Annual administration report of the Civil Veterinary Department of India - 1897-1898
Year: 1897
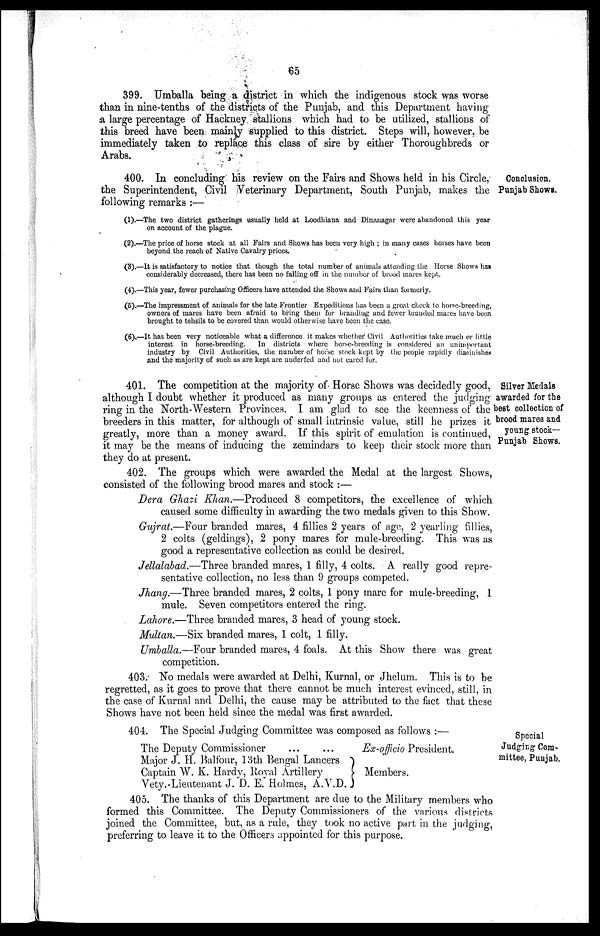
65
399. Umballa being a district in which the indigenous stock was worse
than in nine-tenths of the districts of the Punjab, and this Department having
a large percentage of Hackney stallions which had to be utilized, stallions of
this breed have been mainly supplied to this district. Steps will, however, be
immediately taken to replace this class of sire by either Thoroughbreds or
Arabs.
Conclusion.
Punjab Shows.
400. In concluding his review on the Fairs and Shows held in his Circle,
the Superintendent, Civil Veterinary Department, South Punjab, makes the
following remarks:—
(1).—The two district gatherings usually held at Loodhiana and Dinanagar were abandoned this year
on account of the plague.
(2).—The price of horse stock at all Fairs and Shows has been very high; in many cases horses have been
beyond the reach of Native Cavalry prices.
(3).—It is satisfactory to notice that though the total number of animals attending the Horse Shows has
considerably decreased, there has been no falling off in the number of brood mares kept.
(4).—This year, fewer purchasing Officers have attended the Shows and Fairs than for merly.
(5).—The impressment of animals for the late Frontier Expeditions has been a great check to horse-breeding,
owners of mares have been afraid to bring them for branding and fewer branded mares have been
brought to tehsils to be covered than would otherwise have been the case.
(6).—It has been very noticeable what a difference it makes whether Civil Authorities take much or little
interest in horse-breeding.
In districts where horse-breeding is considered an unimportant
industry by Civil Authorities, the number of horse stock kept by the people rapidly diminishes
and the majority of such as are kept are underfed and not cared for.
Silver Medals
awarded for the
best collection of
brood mares and
young stock-
Punjab Shows.
401. The competition at the majority of Horse Shows was decidedly good,
although I doubt whether it produced as many groups as entered the judging
ring in the North-Western Provinces. I am glad to see the keenness of the
breeders in this matter, for although of small intrinsic value, still he prizes it
greatly, more than a money award. If this spirit of emulation is continued,
it may be the means of inducing the zemindars to keep their stock more than
they do at present.
402. The groups which were awarded the Medal at the largest Shows,
consisted of the following brood mares and stock:—
Dera Ghazi Khan.—Produced 8 competitors, the excellence of which
caused some difficulty in awarding the two medals given to this Show.
Gujrat.—Four branded mares, 4 fillies 2 years of age, 2 yearling fillies,
2 colts (geldings), 2 pony mares for mule-breeding. This was as
good a representative collection as could be desired.
Jellalabad.—Three branded mares, 1 filly, 4 colts. A really good repre-
sentative collection, no less than 9 groups competed.
Jhang.—Three branded mares, 2 colts, 1 pony mare for mule-breeding, 1
mule. Seven competitors entered the ring.
Lahore.—Three branded mares, 3 head of young stock.
Multan.—Six branded mares, 1 colt, 1 filly.
Umballa.—Four branded mares, 4 foals. At this Show there was great
competition.
403. No medals were awarded at Delhi, Kurnal, or Jhelum. This is to be
regretted, as it goes to prove that there cannot be much interest evinced, still, in
the case of Kurnal and Delhi, the cause may be attributed to the fact that these
Shows have not been held since the medal was first awarded.
Special
Judging Com-
mittee, Punjab.
404. The Special Judging Committee was composed as follows:—
The Deputy Commissioner ... ...
Major J. H. Balfour, 13th Bengal Lancers
Captain W. K. Hardy, Royal Artillery
Vety.-Lieutenant J. D. E. Holmes, A.Y.D.
Ex-officio President.
Members.
405. The thanks of this Department are due to the Military members who
formed this Committee. The Deputy Commissioners of the various districts
joined the Committee, but, as a rule, they took no active part in the judging
preferring to leave it to the Officers appointed for this purpose.